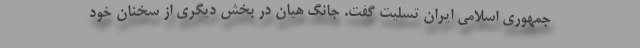
جمهوری اسلامی ایران تسلیت گفت. جانگ هیان در بخش دیگری از سخنان خود